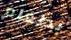
بطعام